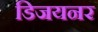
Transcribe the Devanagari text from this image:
डिजयनर